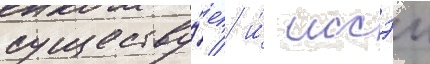
существу́ет / и́ иссэи